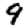
Digit: 9